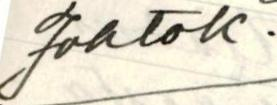
Johtok.